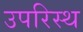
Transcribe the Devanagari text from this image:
उपरिस्थ